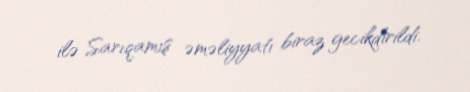
ilə Sarıqamış əməliyyatı biraz gecikdirildi.